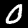
Digit: 0